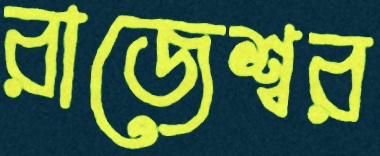
রাজেশ্বর